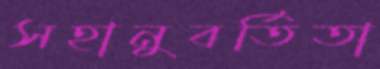
সহানুবর্তিতা